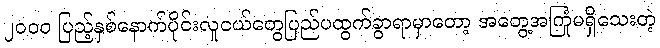
၂၀၀၀ ပြည့်နှစ်နောက်ပိုင်းလူငယ်တွေပြည်ပထွက်ခွာရာမှာတော့ အတွေ့အကြုံမရှိသေးတဲ့